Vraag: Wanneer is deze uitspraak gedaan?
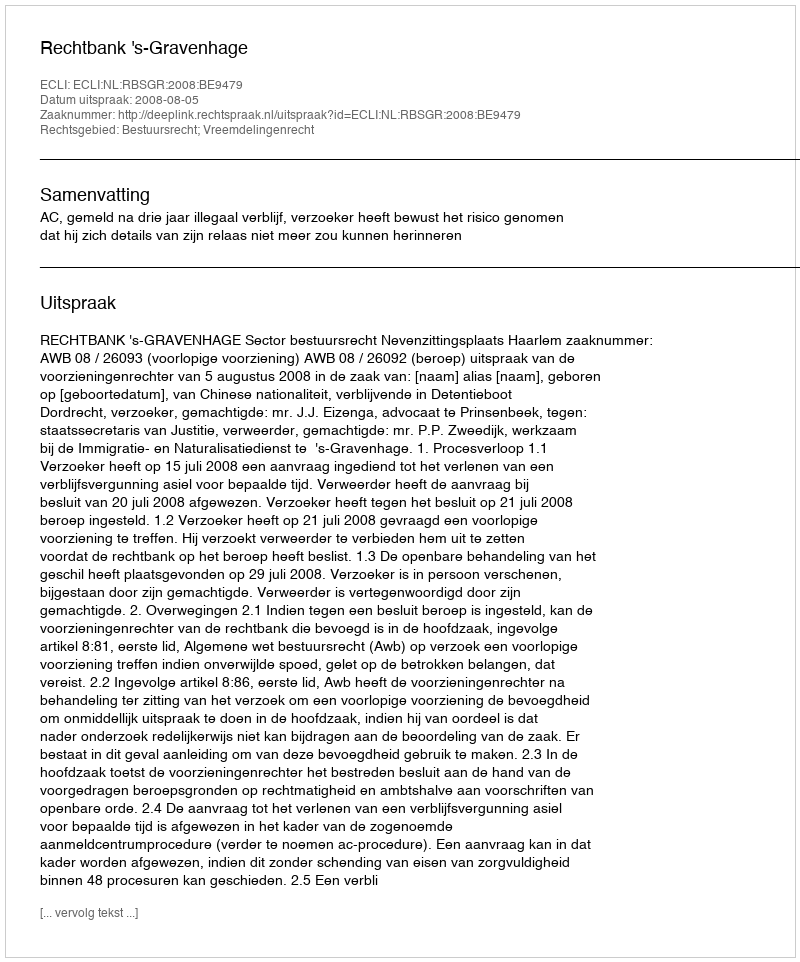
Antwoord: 2008-08-05